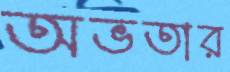
অভতার